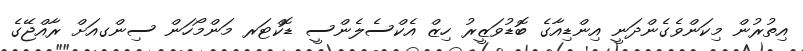
އިތުރުން މިކަންވެގެންދަނީ އިންޑިއާގެ ބޮޑުވަޒީރު ހިޒް އެކްސެލެންސީ ޑޮކްޓަރ މަންމޯހަން ސިންގއަށް ރާއްޖޭގެ